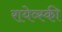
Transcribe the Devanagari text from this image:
रायेव्स्की